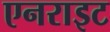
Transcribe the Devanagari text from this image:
एनराइट